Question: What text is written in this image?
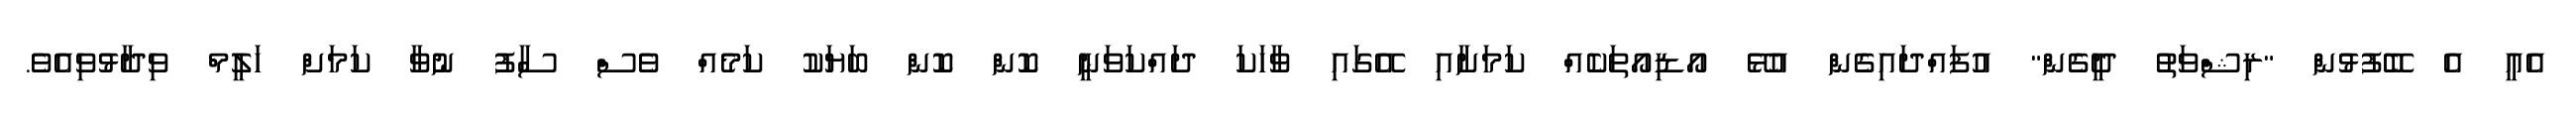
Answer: އެއީ އެ ބޭފުޅުން "ރިޝްވަތު ދީގެން" އުފައްދައިގެން އުޅޭ އޯޑިއޯތަކެއް ކަމަށާއި އޭގައި ވާހަކަ ދައްކަވަނީ ކޮން ކޮން ބަޔަކު ކަމެއް ވެސް ސާފު ނުވާ ކަމަށް ހަލީމް ވިދާޅުވިއެވެ.